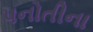
પનોતીના